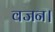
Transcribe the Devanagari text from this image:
वजन।